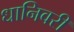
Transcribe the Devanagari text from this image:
धानिवरी